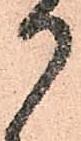
御